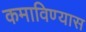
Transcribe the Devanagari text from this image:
कमाविण्यास